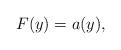
LaTeX: \begin{align*} F(y) = a(y) ,\end{align*}